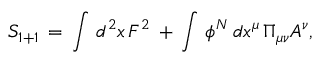
S _ { 1 + 1 } \, = \, \int \, d ^ { 2 } x \, F ^ { 2 } \, + \, \int \, \phi ^ { N } \, d x ^ { \mu } \, \Pi _ { \mu \nu } A ^ { \nu } ,